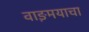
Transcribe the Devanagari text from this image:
वाङ़मयाचा